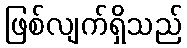
ဖြစ်လျက်ရှိသည်